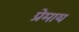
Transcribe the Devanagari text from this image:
प्रेमाय